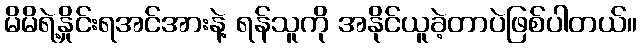
မိမိရဲ့နှိုင်းရအင်အားနဲ့ ရန်သူကို အနိုင်ယူခဲ့တာပဲဖြစ်ပါတယ်။